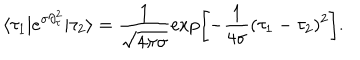
LaTeX: \langle \tau _ { 1 } | e ^ { \sigma \partial _ { \tau } ^ { 2 } } | \tau _ { 2 } \rangle = \frac { 1 } { \sqrt { 4 \pi \sigma } } \exp \left[ - \frac { 1 } { 4 \sigma } ( \tau _ { 1 } - \tau _ { 2 } ) ^ { 2 } \right] .